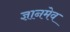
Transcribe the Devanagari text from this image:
ज्ञानमेव